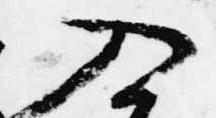
入